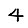
Digit: 4